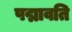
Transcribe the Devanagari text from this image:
पद्मावति